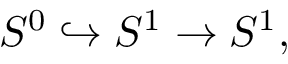
S ^ { 0 } \hookrightarrow S ^ { 1 } \to S ^ { 1 } ,